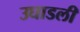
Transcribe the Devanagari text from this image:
उघाडली